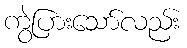
ကွဲပြားသော်လည်း